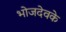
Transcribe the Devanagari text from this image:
भोजदेवके